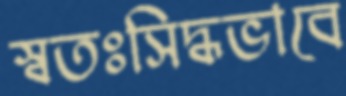
স্বতঃসিদ্ধভাবে